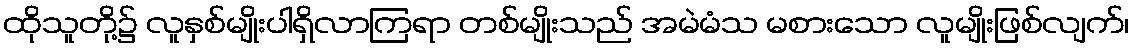
ထိုသူတို့၌ လူနှစ်မျိုးပါရှိလာကြရာ တစ်မျိုးသည် အမဲမံသ မစားသော လူမျိုးဖြစ်လျက်၊